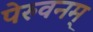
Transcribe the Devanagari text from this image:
पेरुवनम्